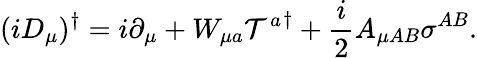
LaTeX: (iD_{\mu})^{\dagger}=i\partial_{\mu}+W_{{\mu}a}{{\cal T}^{a}}^{\dagger}+{\frac{i}{2}}A_{\mu{AB}}{\sigma}^{AB}.